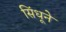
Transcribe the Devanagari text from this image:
सिंधूने